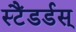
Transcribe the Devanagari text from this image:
स्टैंडर्डस्